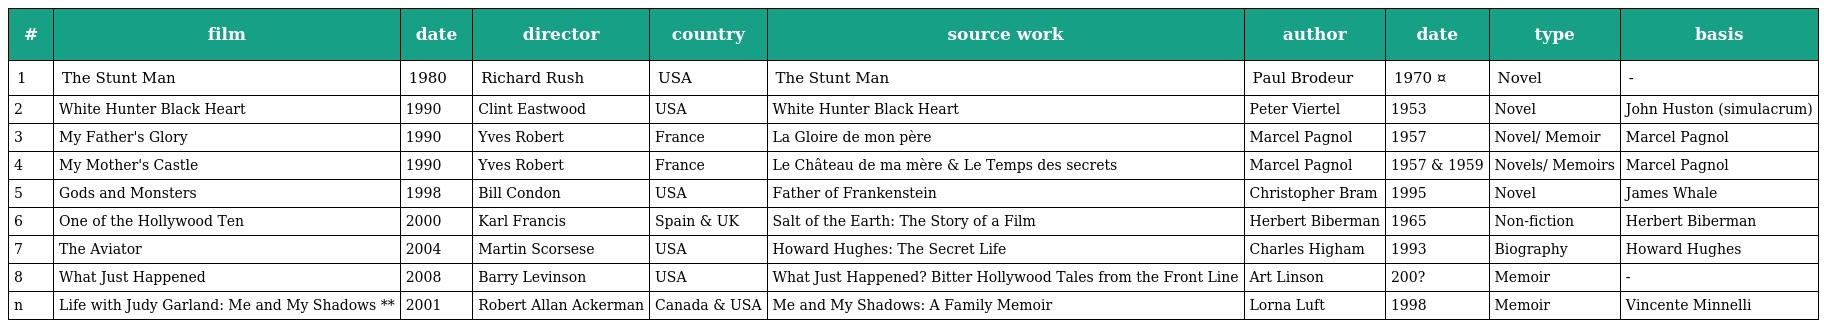
| # | film | date | director | country | source work | author | date | type | basis |
 | --- | --- | --- | --- | --- | --- | --- | --- | --- | --- |
 | 1 | The Stunt Man | 1980 | Richard Rush | USA | The Stunt Man | Paul Brodeur | 1970 ¤ | Novel | - |
 | 2 | White Hunter Black Heart | 1990 | Clint Eastwood | USA | White Hunter Black Heart | Peter Viertel | 1953 | Novel | John Huston (simulacrum) |
 | 3 | My Father's Glory | 1990 | Yves Robert | France | La Gloire de mon père | Marcel Pagnol | 1957 | Novel/ Memoir | Marcel Pagnol |
 | 4 | My Mother's Castle | 1990 | Yves Robert | France | Le Château de ma mère & Le Temps des secrets | Marcel Pagnol | 1957 & 1959 | Novels/ Memoirs | Marcel Pagnol |
 | 5 | Gods and Monsters | 1998 | Bill Condon | USA | Father of Frankenstein | Christopher Bram | 1995 | Novel | James Whale |
 | 6 | One of the Hollywood Ten | 2000 | Karl Francis | Spain & UK | Salt of the Earth: The Story of a Film | Herbert Biberman | 1965 | Non-fiction | Herbert Biberman |
 | 7 | The Aviator | 2004 | Martin Scorsese | USA | Howard Hughes: The Secret Life | Charles Higham | 1993 | Biography | Howard Hughes |
 | 8 | What Just Happened | 2008 | Barry Levinson | USA | What Just Happened? Bitter Hollywood Tales from the Front Line | Art Linson | 200? | Memoir | - |
 | n | Life with Judy Garland: Me and My Shadows ** | 2001 | Robert Allan Ackerman | Canada & USA | Me and My Shadows: A Family Memoir | Lorna Luft | 1998 | Memoir | Vincente Minnelli |